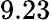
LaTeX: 9.23